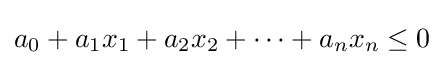
a_{0}+a_{1}x_{1}+a_{2}x_{2}+\cdots +a_{n}x_{n}\leq 0